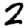
Digit: 2